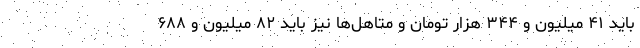
باید ۴۱ میلیون و ۳۴۴ هزار تومان و متاهل‌ها نیز باید ۸۲ میلیون و ۶۸۸